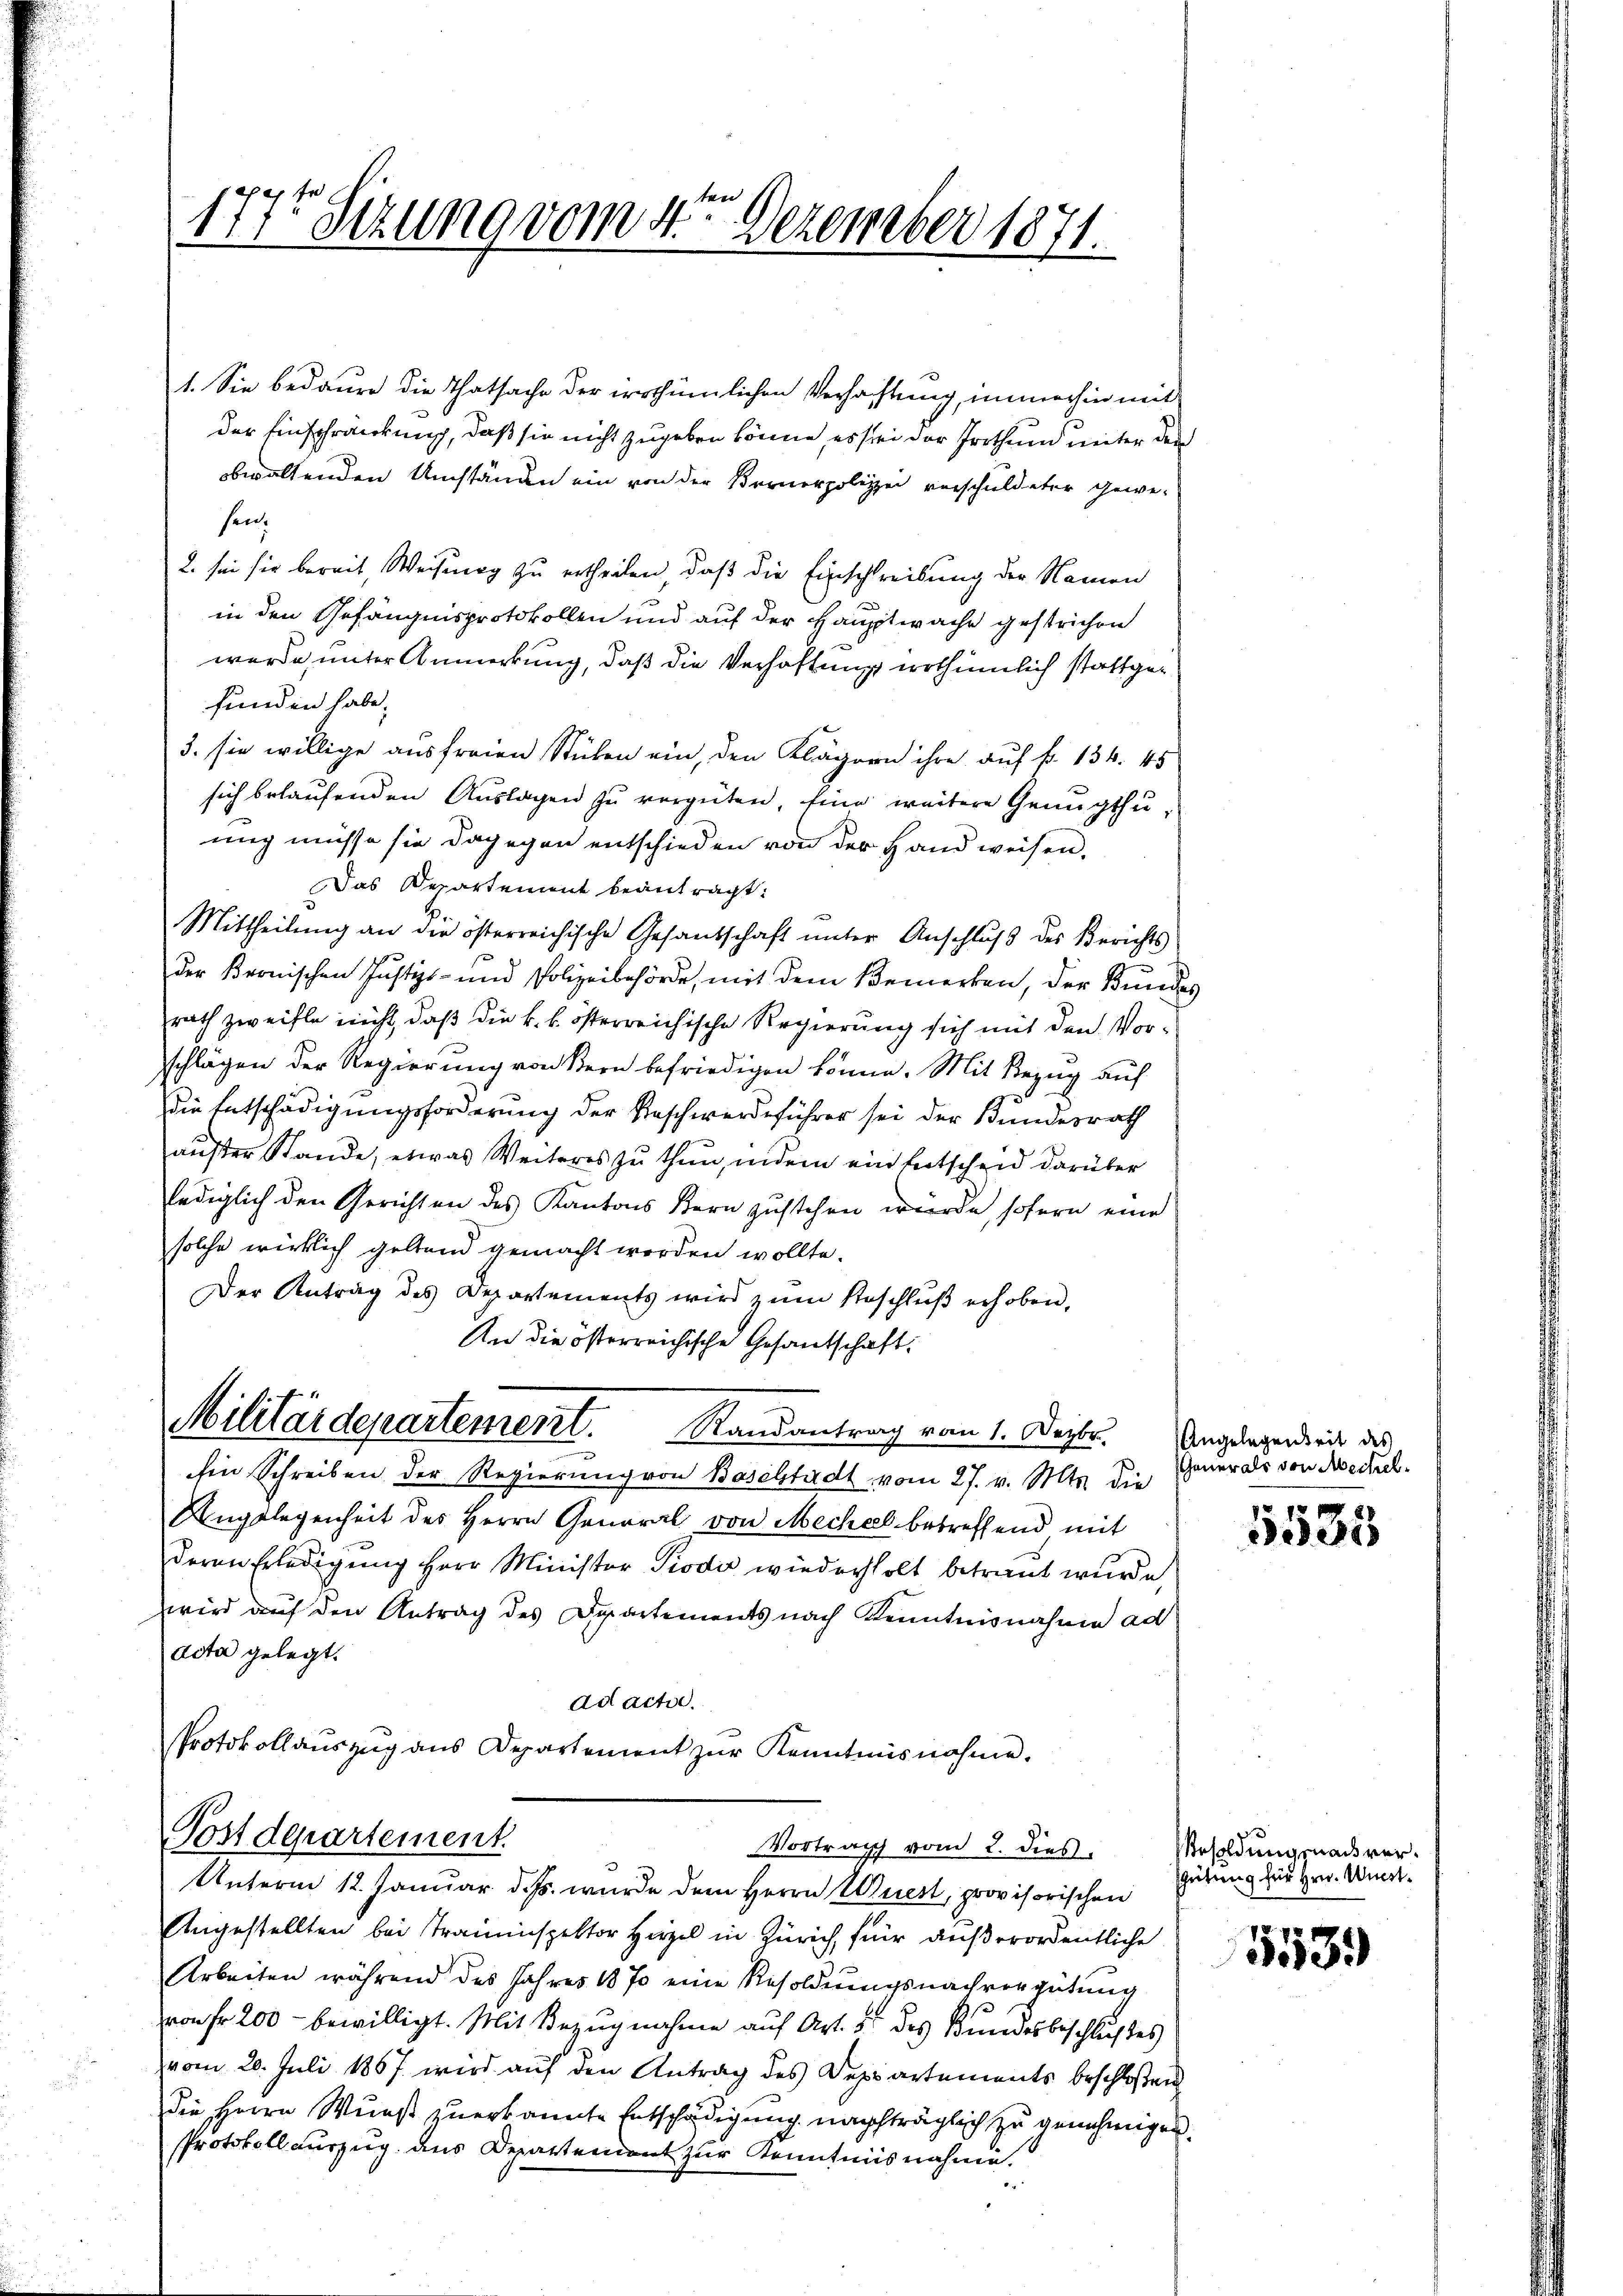
1775 Sizung vom 4ten Dezember 1871.

1. Sie bedaure die Thatsache der irrthümlichen Verhachtung, immerhin mit
der Einschränkung, daß sie nicht zugeben könne, es sei der Prothen unter den
obwaltenden Umständen ein von der Bernerpolizei verschuldeter gewe-
sen.
2. sie sie bereit, Weisung zu ertheilen, daß die Einschreibung der Namen
in den Gefängnisprotokollen und auf der Hauptwache gestrichen
werde, unter Anmerkung, daß die Verhaftung erthümlich stattgefunden habe.
3. sie willige ausfreien Stücken ein, den Klägern ihre auf fr. 134. 45
sich belaufenden Auslagen zu vergüten, Eine weitere Genügthuung müsse sie dagegen entschieden von der Hand weisen.
Das Departement beantragt.
Mittheilung an die österreichische Gesandschaft ŭnter Anschluß des Berichts-
der Bernischen Justiz- und Polizeibehörde, mit dem Bemerken, der Bundes
rath zweifle nicht, daß die k. k. österreichische Regierung sich mit den Vorschlägen der Regierung von Bern befriedigen könne. Mit Bezug auf
die Entschädigungsforderung der Beschwerdeführer sei der Bundesrath
außer Stande, etwas Weiteres zu thun, indem ein Entschend darüber
lediglich den Gerichten des Kantons Bern zustehen wurde, sofern eine
solche wirklich geltend gemacht worden wollte.
Der Antrag des Departements wird zŭm Beschlŭβ erhoben,
An die österreichische Gesandschaft.
Militärdepartement. Randantrag vom 1. Dezbr.
hin Schreiben der Regierung von Baselstadt vom 27. v. Mts. die
Angelegenheit des Herrn General von Mechael betreffend mit
deren Erledigung Herr Ministor Piodis wiederholt betraut wurde,
wird auf den Antrag des Departements nach Kenntnisnahme ad
Acta gelegt.
Adactor.
Protokollauszug aus Departement zur Kenntnisnahme.

Postdepartement.
Vortrag vom 2. dies
Unterm 12. Januar d. Js. wurde dem Herrn Wiest, provisorischen

Angestellten bei Traminspektor Hirzel in Zürich, für außerordentliche
Arbeiten während des Jahres 1870 eine Resoldungsnachvergütung
E
von Fr. 200 bewilligt. Mit Bezugnahme auf Art. 5 des Bundesbeschlußes
vom 20. Juli 1867 wird auf den Antrag des Departements beschloßen
die Herrn Wunst zuerkannte Entschädigung nachträglich zu genehmigen.
Protokoll auszug aus Departendent zur Kenntnisnahme.

Angelegenheit des
Generals von Abschel¬

5533

Resoldung nach ver¬
Gütung für Hrn. Unertf

539)